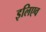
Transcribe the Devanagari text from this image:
इलिएव